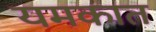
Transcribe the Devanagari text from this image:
यमकात